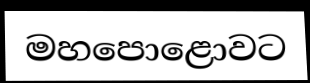
මහපොළොවට